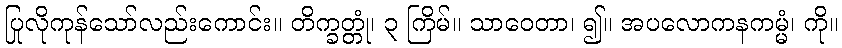
ပြုလိုကုန်သော်လည်းကောင်း။ တိက္ခတ္တုံ၊ ၃ ကြိမ်။ သာဝေတာ၊ ၍။ အပလောကနကမ္မံ၊ ကို။